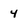
Character: 4